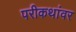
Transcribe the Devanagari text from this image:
परीकथांवर